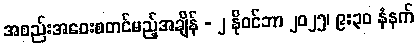
အစည်းအဝေးစတင်မည့်အချိန် - ၂ နိုဝင်ဘာ ၂၀၂၅၊ ၉:၃၀ နံနက်